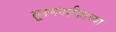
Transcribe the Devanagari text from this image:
सूक्ष्मदर्शकाच्या